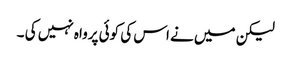
لیکن میں نے اس کی کوئی پرواہ نہیں کی ۔